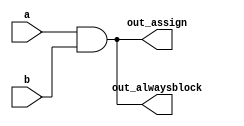
// SPDX-License-Identifier: MIT

// synthesis verilog_input_version verilog_2001
module top_module(
    input a, 
    input b,
    output wire out_assign,
    output reg out_alwaysblock
);
    assign out_assign = a & b;
    always @(*) out_alwaysblock = a & b; 

endmodule